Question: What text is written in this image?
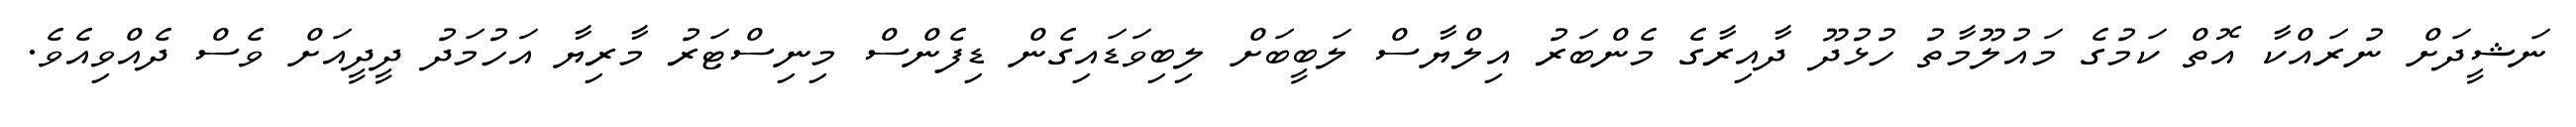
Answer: ނަޝީދަށް ނުރައްކާ އޮތް ކަމުގެ މައުލޫމާތު ހުޅުދޫ ދާއިރާގެ މެންބަރު އިލްޔާސް ލަބީބަށް ލިބިވަޑައިގެން ޑިފެންސް މިނިސްޓަރު މާރިޔާ އަހުމަދު ދީދީއަށް ވެސް ދެއްވިއެވެ.